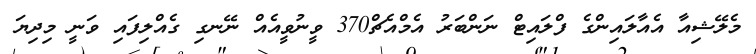
މެލޭޝިއާ އެއާލައިންގެ ފްލައިޓް ނަންބަރު އެމްއެޗް370 ވީނުވީއެއް ނޭނގި ގެއްލިފައި ވަނީ މިދިޔަ